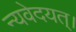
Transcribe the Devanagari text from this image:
न्यवेदयत्।